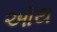
ઑથ